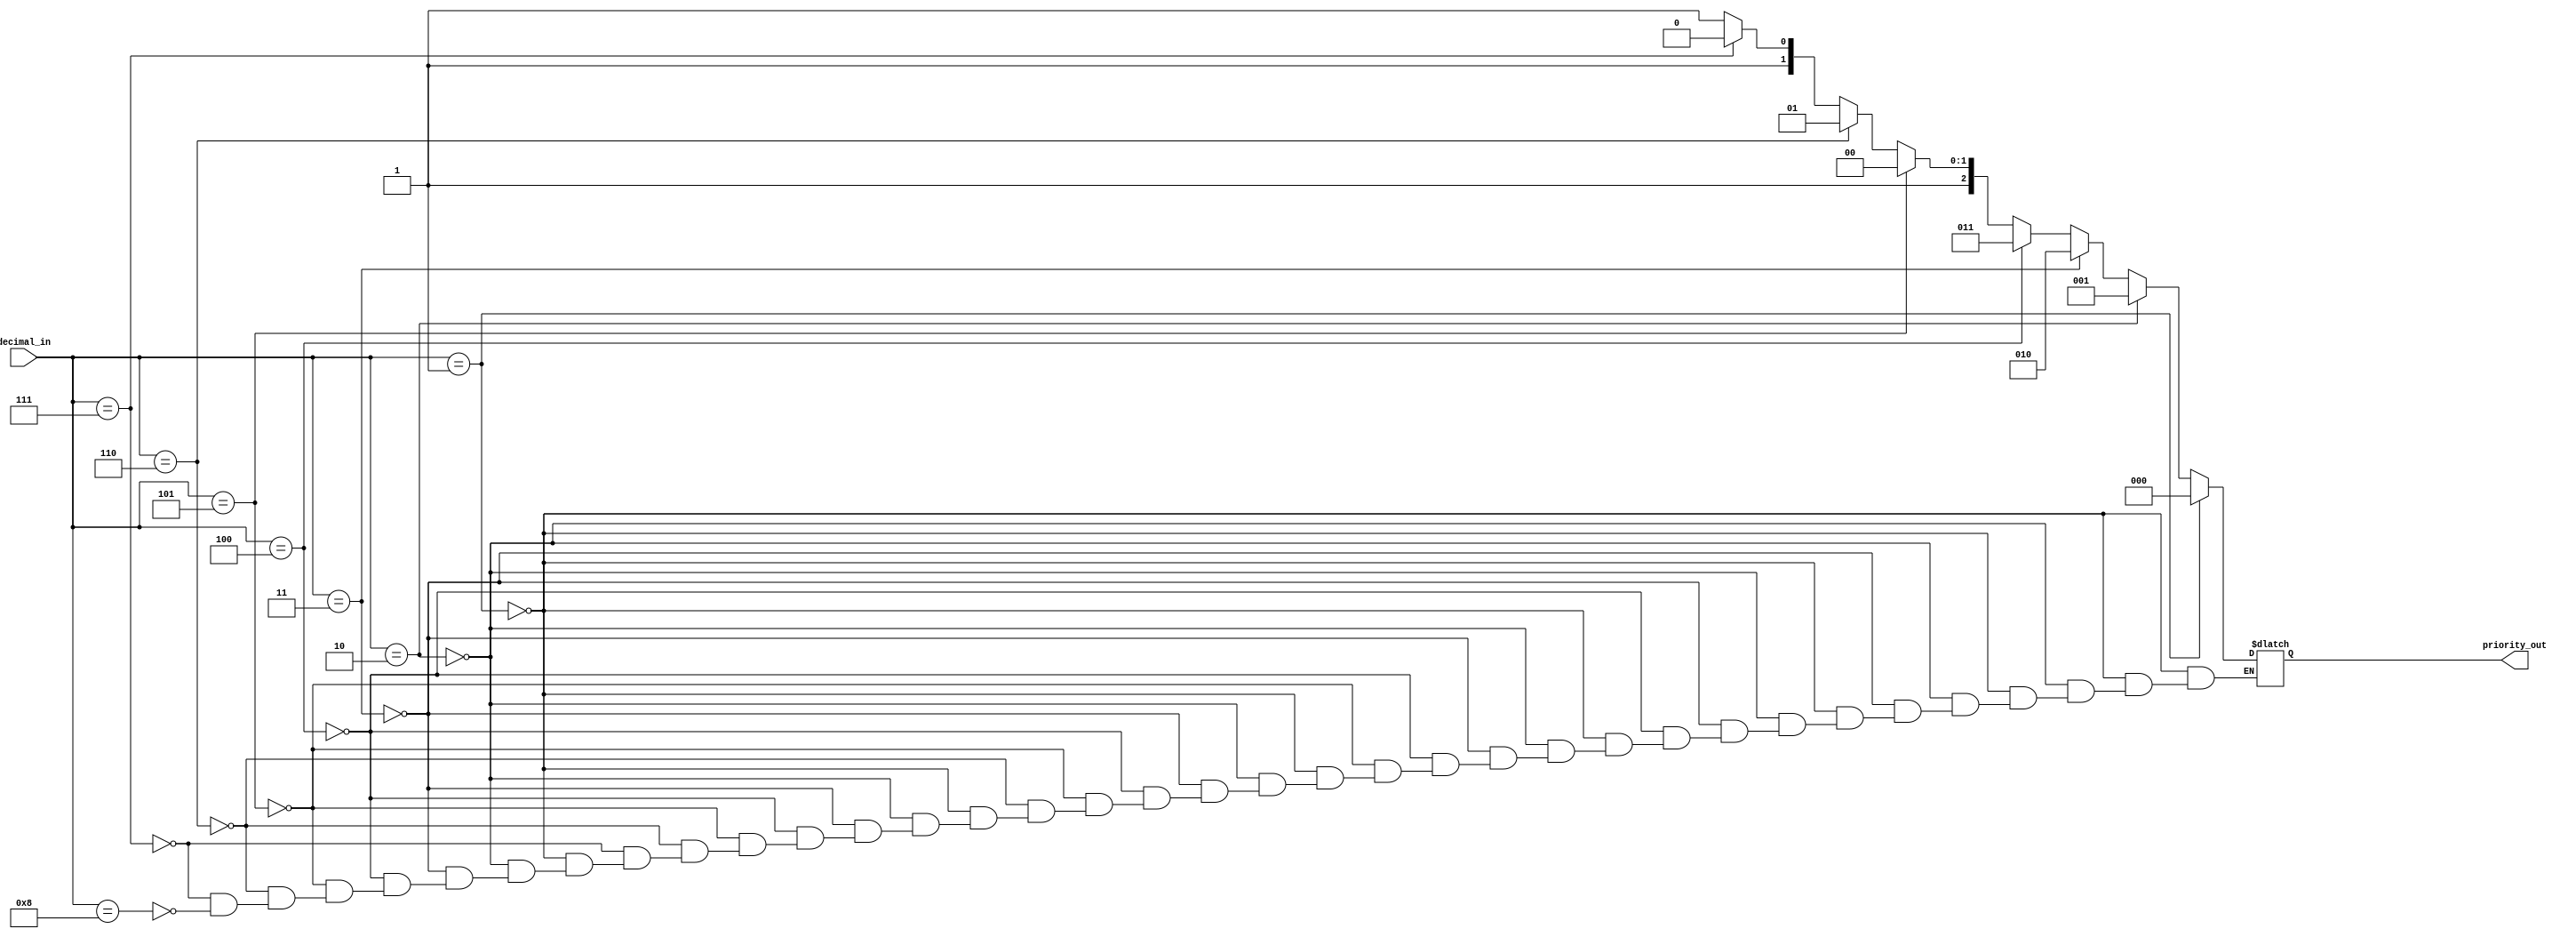
module priority_encoder(input [3:0] decimal_in,
                          output reg [2:0] priority_out);

always @(decimal_in)
begin
    if(decimal_in == 4'b0001) priority_out = 3'b000;
    else if(decimal_in == 4'b0010) priority_out = 3'b001;
    else if(decimal_in == 4'b0011) priority_out = 3'b010;
    else if(decimal_in == 4'b0100) priority_out = 3'b011;
    else if(decimal_in == 4'b0101) priority_out = 3'b100;
    else if(decimal_in == 4'b0110) priority_out = 3'b101;
    else if(decimal_in == 4'b0111) priority_out = 3'b110;
    else if(decimal_in == 4'b1000) priority_out = 3'b111;
end

endmodule